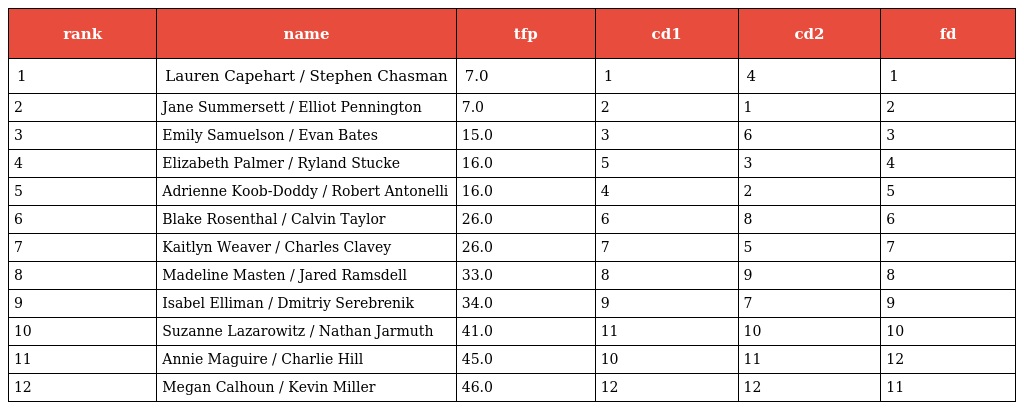
| rank | name | tfp | cd1 | cd2 | fd |
 | --- | --- | --- | --- | --- | --- |
 | 1 | Lauren Capehart / Stephen Chasman | 7.0 | 1 | 4 | 1 |
 | 2 | Jane Summersett / Elliot Pennington | 7.0 | 2 | 1 | 2 |
 | 3 | Emily Samuelson / Evan Bates | 15.0 | 3 | 6 | 3 |
 | 4 | Elizabeth Palmer / Ryland Stucke | 16.0 | 5 | 3 | 4 |
 | 5 | Adrienne Koob-Doddy / Robert Antonelli | 16.0 | 4 | 2 | 5 |
 | 6 | Blake Rosenthal / Calvin Taylor | 26.0 | 6 | 8 | 6 |
 | 7 | Kaitlyn Weaver / Charles Clavey | 26.0 | 7 | 5 | 7 |
 | 8 | Madeline Masten / Jared Ramsdell | 33.0 | 8 | 9 | 8 |
 | 9 | Isabel Elliman / Dmitriy Serebrenik | 34.0 | 9 | 7 | 9 |
 | 10 | Suzanne Lazarowitz / Nathan Jarmuth | 41.0 | 11 | 10 | 10 |
 | 11 | Annie Maguire / Charlie Hill | 45.0 | 10 | 11 | 12 |
 | 12 | Megan Calhoun / Kevin Miller | 46.0 | 12 | 12 | 11 |